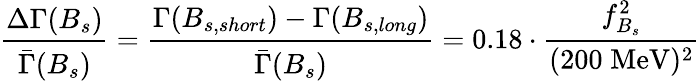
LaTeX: \frac{\Delta\Gamma(B_{s})}{\bar{\Gamma}(B_{s})}=\frac{\Gamma(B_{s,short})-\Gamma(B_{s,long})}{\bar{\Gamma}(B_{s})}=0.18\cdot\frac{f_{B_{s}}^{2}}{(200\; \mathrm{MeV})^{2}}